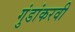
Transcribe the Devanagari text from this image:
गुंडांकरवी